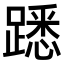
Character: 𨄠